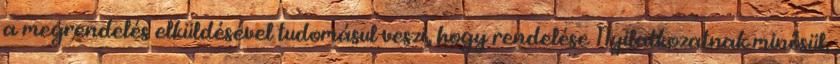
a megrendelés elküldésével tudomásul veszi, hogy rendelése Nyilatkozatnak minősül,